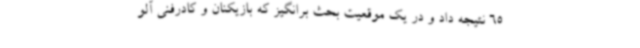
65 نتیجه داد و در یک موقعیت بحث برانگیز که بازیکنان و کادرفنی آلو